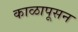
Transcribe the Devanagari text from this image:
काळापूसन